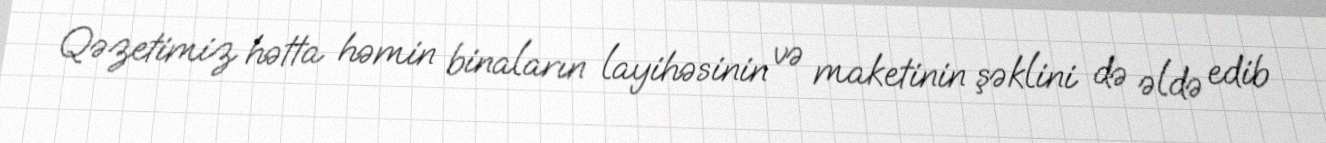
Qəzetimiz hətta həmin binaların layihəsinin və maketinin şəklini də əldə edib